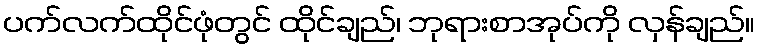
ပက်လက်ထိုင်ဖုံတွင် ထိုင်ချည်၊ ဘုရားစာအုပ်ကို လှန်ချည်။